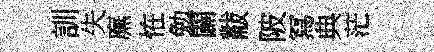
訓失廡恠勉闢黻陂冩典茫